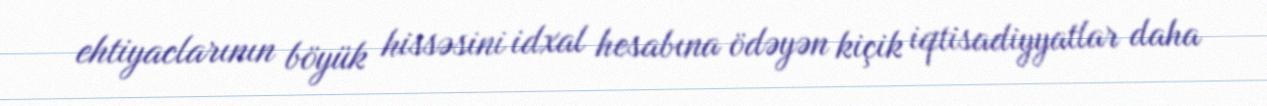
ehtiyaclarının böyük hissəsini idxal hesabına ödəyən kiçik iqtisadiyyatlar daha